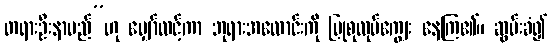
တရားဦးနာမည်”ဟု မျှော်လင့်ကာ ဘုရားအလောင်းကို ပြုစုလုပ်ကျွေး နေကြ၏။ ဆွမ်းခံ၍